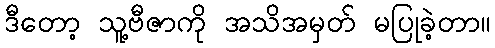
ဒီတော့ သူ့ဗီဇာကို အသိအမှတ် မပြုခဲ့တာ။